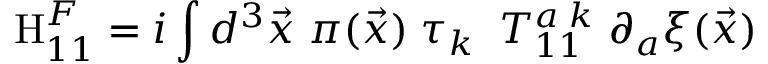
\mathrm { H } _ { 1 1 } ^ { F } = i \int d ^ { 3 } { \vec { x } } \; \pi ( { \vec { x } } ) \; \tau _ { k } \; \; T _ { 1 1 } ^ { a \; k } \; \partial _ { a } { \xi } ( \vec { x } )